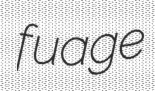
fuage